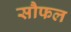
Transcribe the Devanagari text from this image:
सौफल